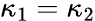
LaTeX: \kappa_{1}=\kappa_{2}